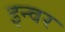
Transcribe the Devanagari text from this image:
इन्वर